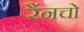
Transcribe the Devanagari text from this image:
रैंनचो